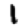
Digit: 1